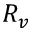
R _ { v }